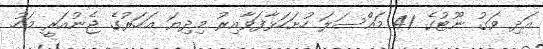
އަދި ވަގު ނޫޓުގެ 41 މައްސަލަ ހުށަހަޅާފަވާއިރު މިދިޔަ އަހަރުގެ ޖެނުއަރީ މަހު